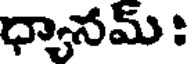
ధ్యానమ్ :